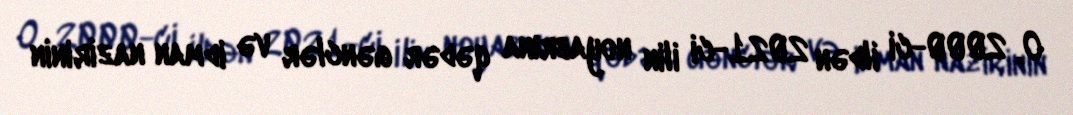
O, 2000-ci ildən 2021-ci ilin noyabrına qədər gənclər və idman nazirinin